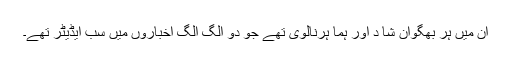
ان میں ہر بھگوان شا د اور ہما ہرنالوی تھے جو دو الگ الگ اخباروں میں سب ایڈیٹر تھے۔